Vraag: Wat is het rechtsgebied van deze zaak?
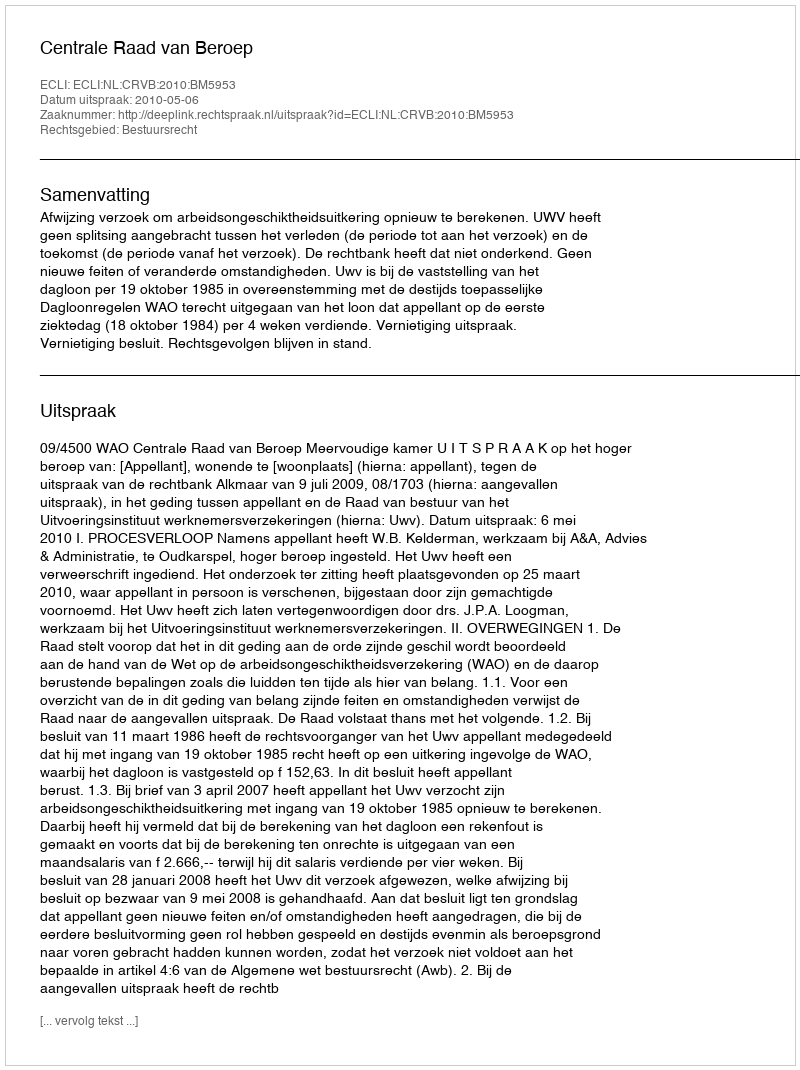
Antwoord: Bestuursrecht